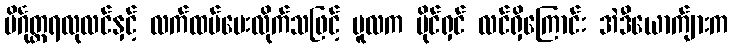
ပိင်္ဂုတ္တရလုလင်နှင့် လက်ထပ်ပေးလိုက်သဖြင့် မူလက ပိုင်ရှင် လင်ရှိကြောင်း အဲဒီယောက်ျားက